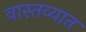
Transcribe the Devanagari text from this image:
वास्‍तव्‍यात